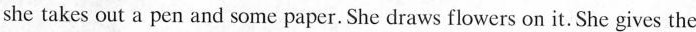
she takes out a pen and some paper. She draws flowers on it. She gives the